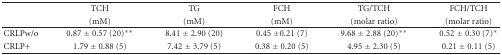
|  | TCH | TG | FCH | TG/TCH | FCH/TCH |
 |  | (mM) | (mM) | (mM) | (molar ratio) | (molar ratio) |
 | --- | --- | --- | --- | --- | --- |
 | CRLPw/o | 0.87 ± 0.57 (20)** | 8.41 ± 2.90 (20) | 0.45 ±0.21 (7) | 9.68 ± 2.88 (20)** | 0.52 ± 0.30 (7)* |
 | CRLP+ | 1.79 ± 0.88 (5) | 7.42 ± 3.79 (5) | 0.38 ± 0.20 (5) | 4.95 ± 2.30 (5) | 0.21 ± 0.11 (5) |